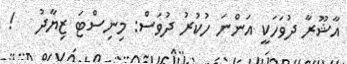
އާޝޫރާ ދުވަހަކީ އަންނަ ހުކުރު ދުވަސް: މިނިސްޓަ ޒިޔާދު   !